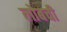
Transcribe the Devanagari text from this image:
लोबची